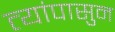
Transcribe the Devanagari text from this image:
त्यांपासुन